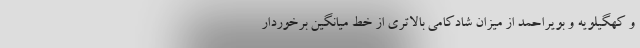
و کهگیلویه و بویراحمد از میزان شادکامی بالاتری از خط میانگین برخوردار